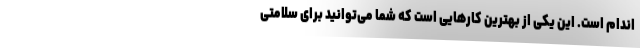
اندام است. این یکی از بهترین کارهایی است که شما می‌توانید برای سلامتی